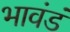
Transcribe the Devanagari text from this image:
भावंडं